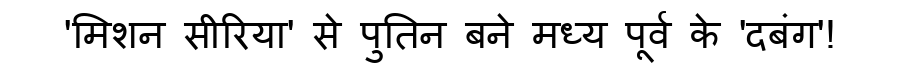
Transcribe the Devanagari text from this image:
'मिशन सीरिया' से पुतिन बने मध्य पूर्व के 'दबंग'!